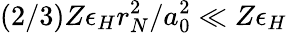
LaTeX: (2/3)Z\epsilon_{H}r_{N}^{2}/a_{0}^{2}\ll Z\epsilon_{H}